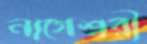
নাগেশ্বরী